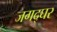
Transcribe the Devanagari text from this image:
जगद्घर